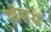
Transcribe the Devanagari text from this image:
डांसरों